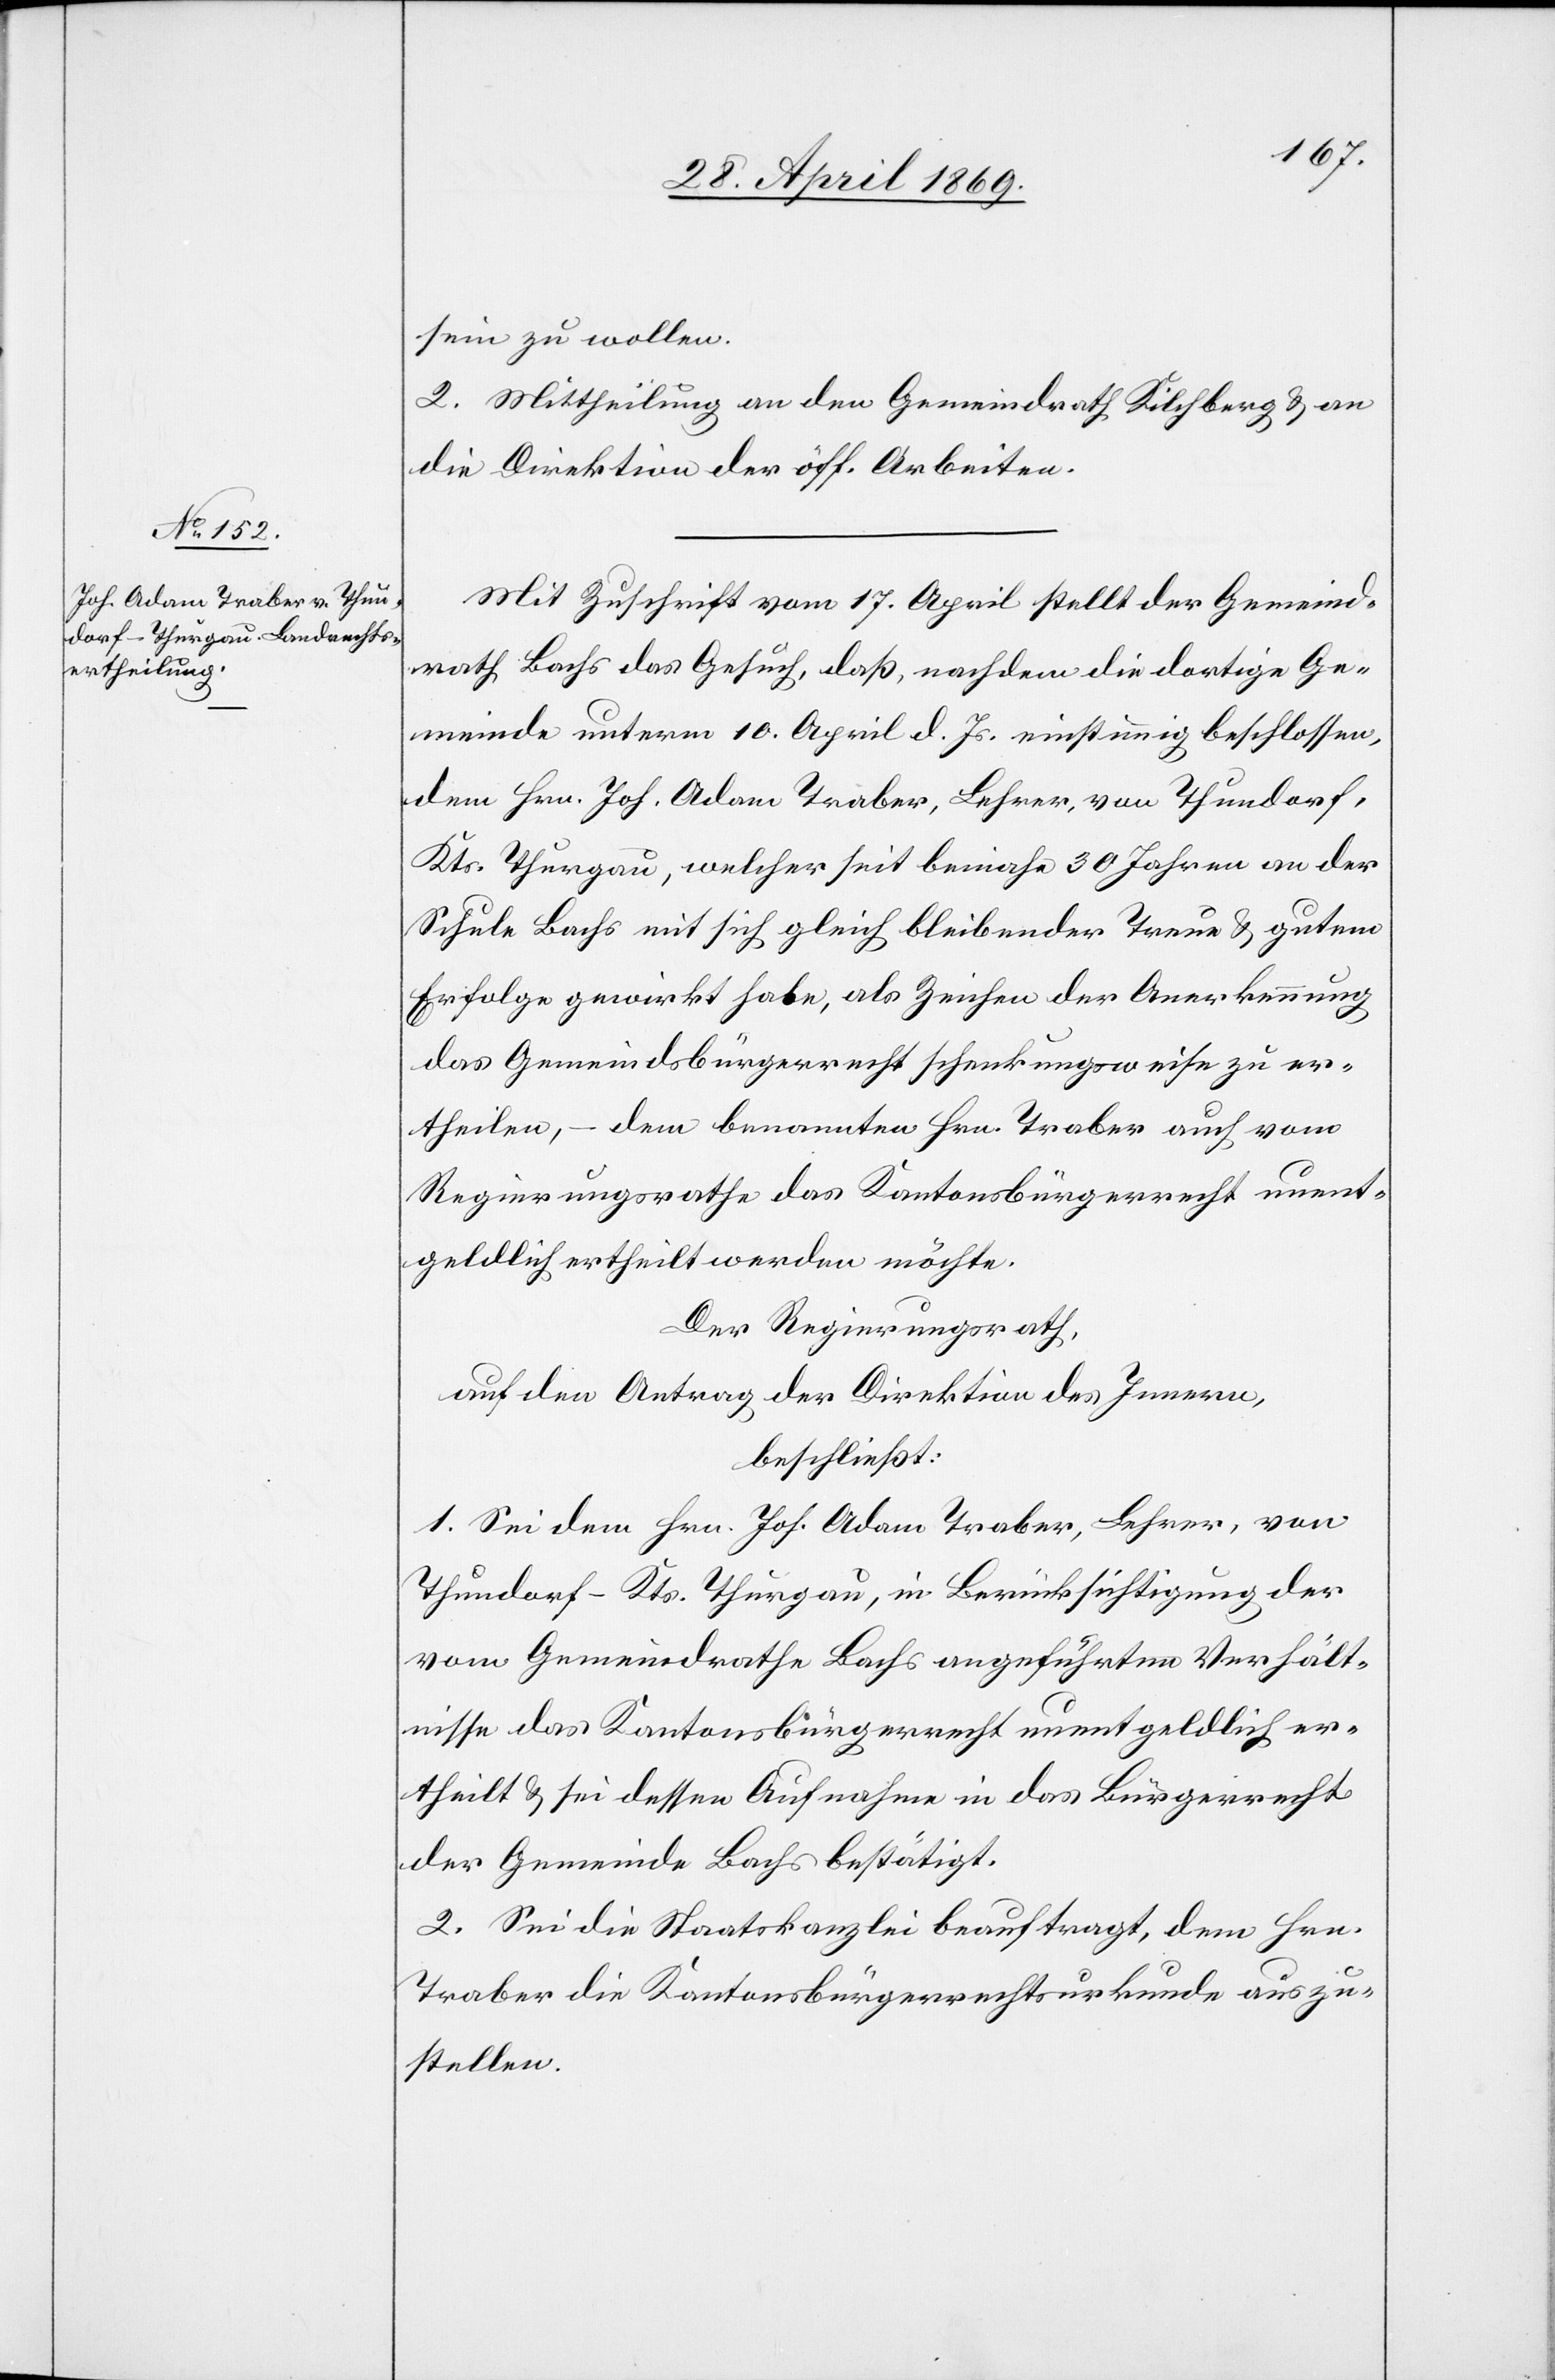
sein zu sollen.
2. Mittheilung an den Gemeindrath Kilchberg u. an
die Direktion der öff. Arbeiten.
Mit Zuschrift vom 17 April stellt der Gemeind¬
rath Bachs das Gesuch, daß, nachdem die dortige Ge¬
meinde unterm 10. April d. Js. einstimmig beschlossen,
dem Hrn. Joh. Adam Traber, Lehrer, von Thundorf,
Kts. Thurgau, welcher seit beinahe 30 Jahren an der
Schule Bachs mit sich gleich bleibender Treue u. gutem
Erfolge gewirkt habe, als Zeichen der Anerkennung
das Gemeindsbürgerrecht schenkungsweise zu er¬
theilen – dem benannten Hrn. Traber auch vom
Regierungsrathe das Kantonsbürgerrecht unent¬
geldlich ertheilt werden möchte.
Der Regierungsrath,
auf den Antrag der Direktion des Innern,
beschließt:
1. Sei dem Hrn. Jos. Adam Traber, Lehrer, von
Thundorf - Kts. Thurgau, in Berücksichtigung der
vom Gemeindrathe Bachs angeführten Verhält¬
nisse das Kantonsbürgerrecht unentgeldlich er¬
theilt u. sei dessen Aufnahme in das Bürgerrecht
der Gemeinde Bachs bestätigt.
2. Sei der Staatskanzlei beauftragt, dem Hrn.
Traber die Kantonsbürgerrechtsurkunde auszu¬
stellen.